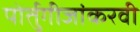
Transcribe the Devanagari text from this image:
पोर्तुगीजांकरवी